Scottish Leaving Certificate Examination, 1951
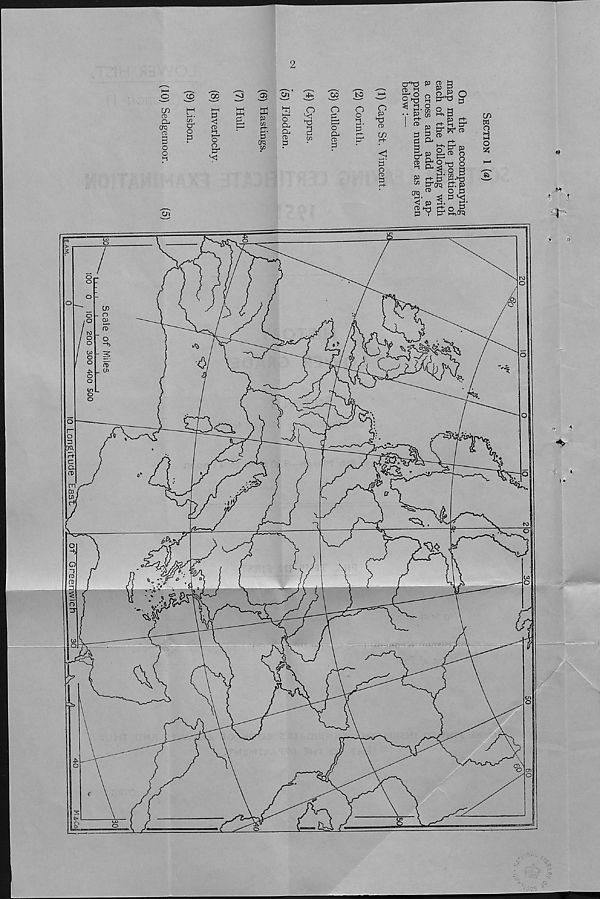
LOWER HIST.
Tcfmpugea]
(SECTION I)
SCOTTISH LEAVING CERTIFICATE EXAMINATION
1951
HISTORY
LOWER GRADE
Section I
(To be attempted by all candidates)
Thursday, 8th March—9.30 a.m. to 12 noon
FILL THIS IN FIRST
Name of School
Name of Pupil
TO BE PINNED INSIDE THE CANDIDATE’S BOOK OF ANSWERS AND THUS
SENT TO THE DEPARTMENT.
[over